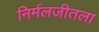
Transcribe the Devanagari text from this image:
निर्मलजीतला